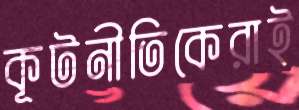
কূটনীতিকেরাই